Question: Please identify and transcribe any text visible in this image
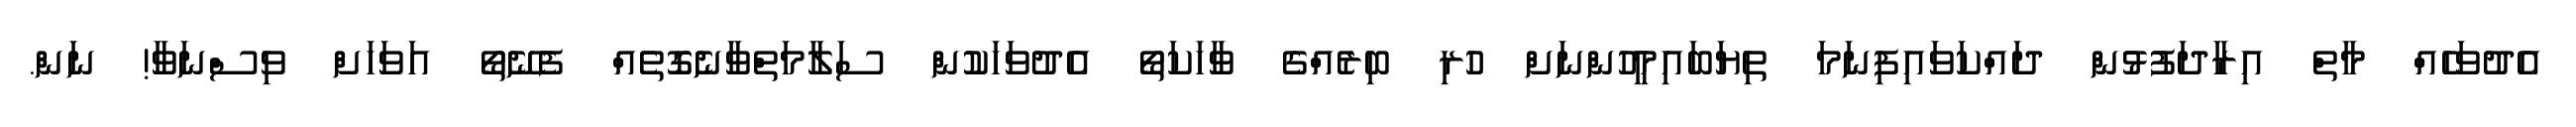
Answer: އެދުވަހެއް މާތް އިރާދަފުޅުން ދައްކަވައިފިނަމަ ތިޔަބައިމީހުންނަށް ހުރި ބިރެއްގެ ވާހަކަތޯ އެދުވަހަކުން ސަލާމަތްވާނެގޮތެއް ފެނޭތޯ އަވަހަށް ވިސްނަވާ! ނަން.